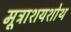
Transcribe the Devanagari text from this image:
मूत्राशयशोथ